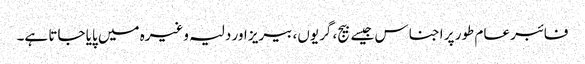
فائبر عام طور پر اجناس جیسے بیج، گریوں، بیریز اور دلیہ وغیرہ میں پایا جاتا ہے۔